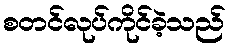
စတင်လုပ်ကိုင်ခဲ့သည်